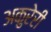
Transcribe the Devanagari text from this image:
अकुरेरी